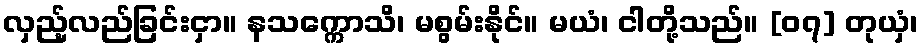
လှည့်လည်ခြင်းငှာ။ နသက္ကောသိ၊ မစွမ်းနိုင်။ မယံ၊ ငါတို့သည်။ [၀၇] တုယှံ၊